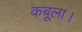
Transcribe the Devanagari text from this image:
कबूला।